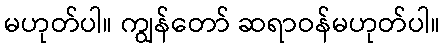
မဟုတ်ပါ။ ကျွန်တော် ဆရာဝန်မဟုတ်ပါ။